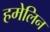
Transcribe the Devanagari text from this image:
हमेलिन